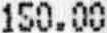
150.00